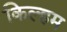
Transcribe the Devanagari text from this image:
किल्हम